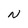
Character: N